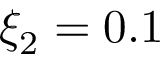
\xi _ { 2 } = 0 . 1